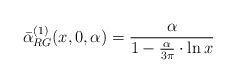
\begin{align*}\bar\alpha^{(1)}_{RG}(x,0,\alpha)=\frac{\alpha}{1-\frac{\alpha}{3\pi}\cdot\ln x}\end{align*}